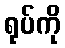
ရုပ်ကို